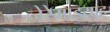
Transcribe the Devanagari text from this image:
जेरेमाइयाह